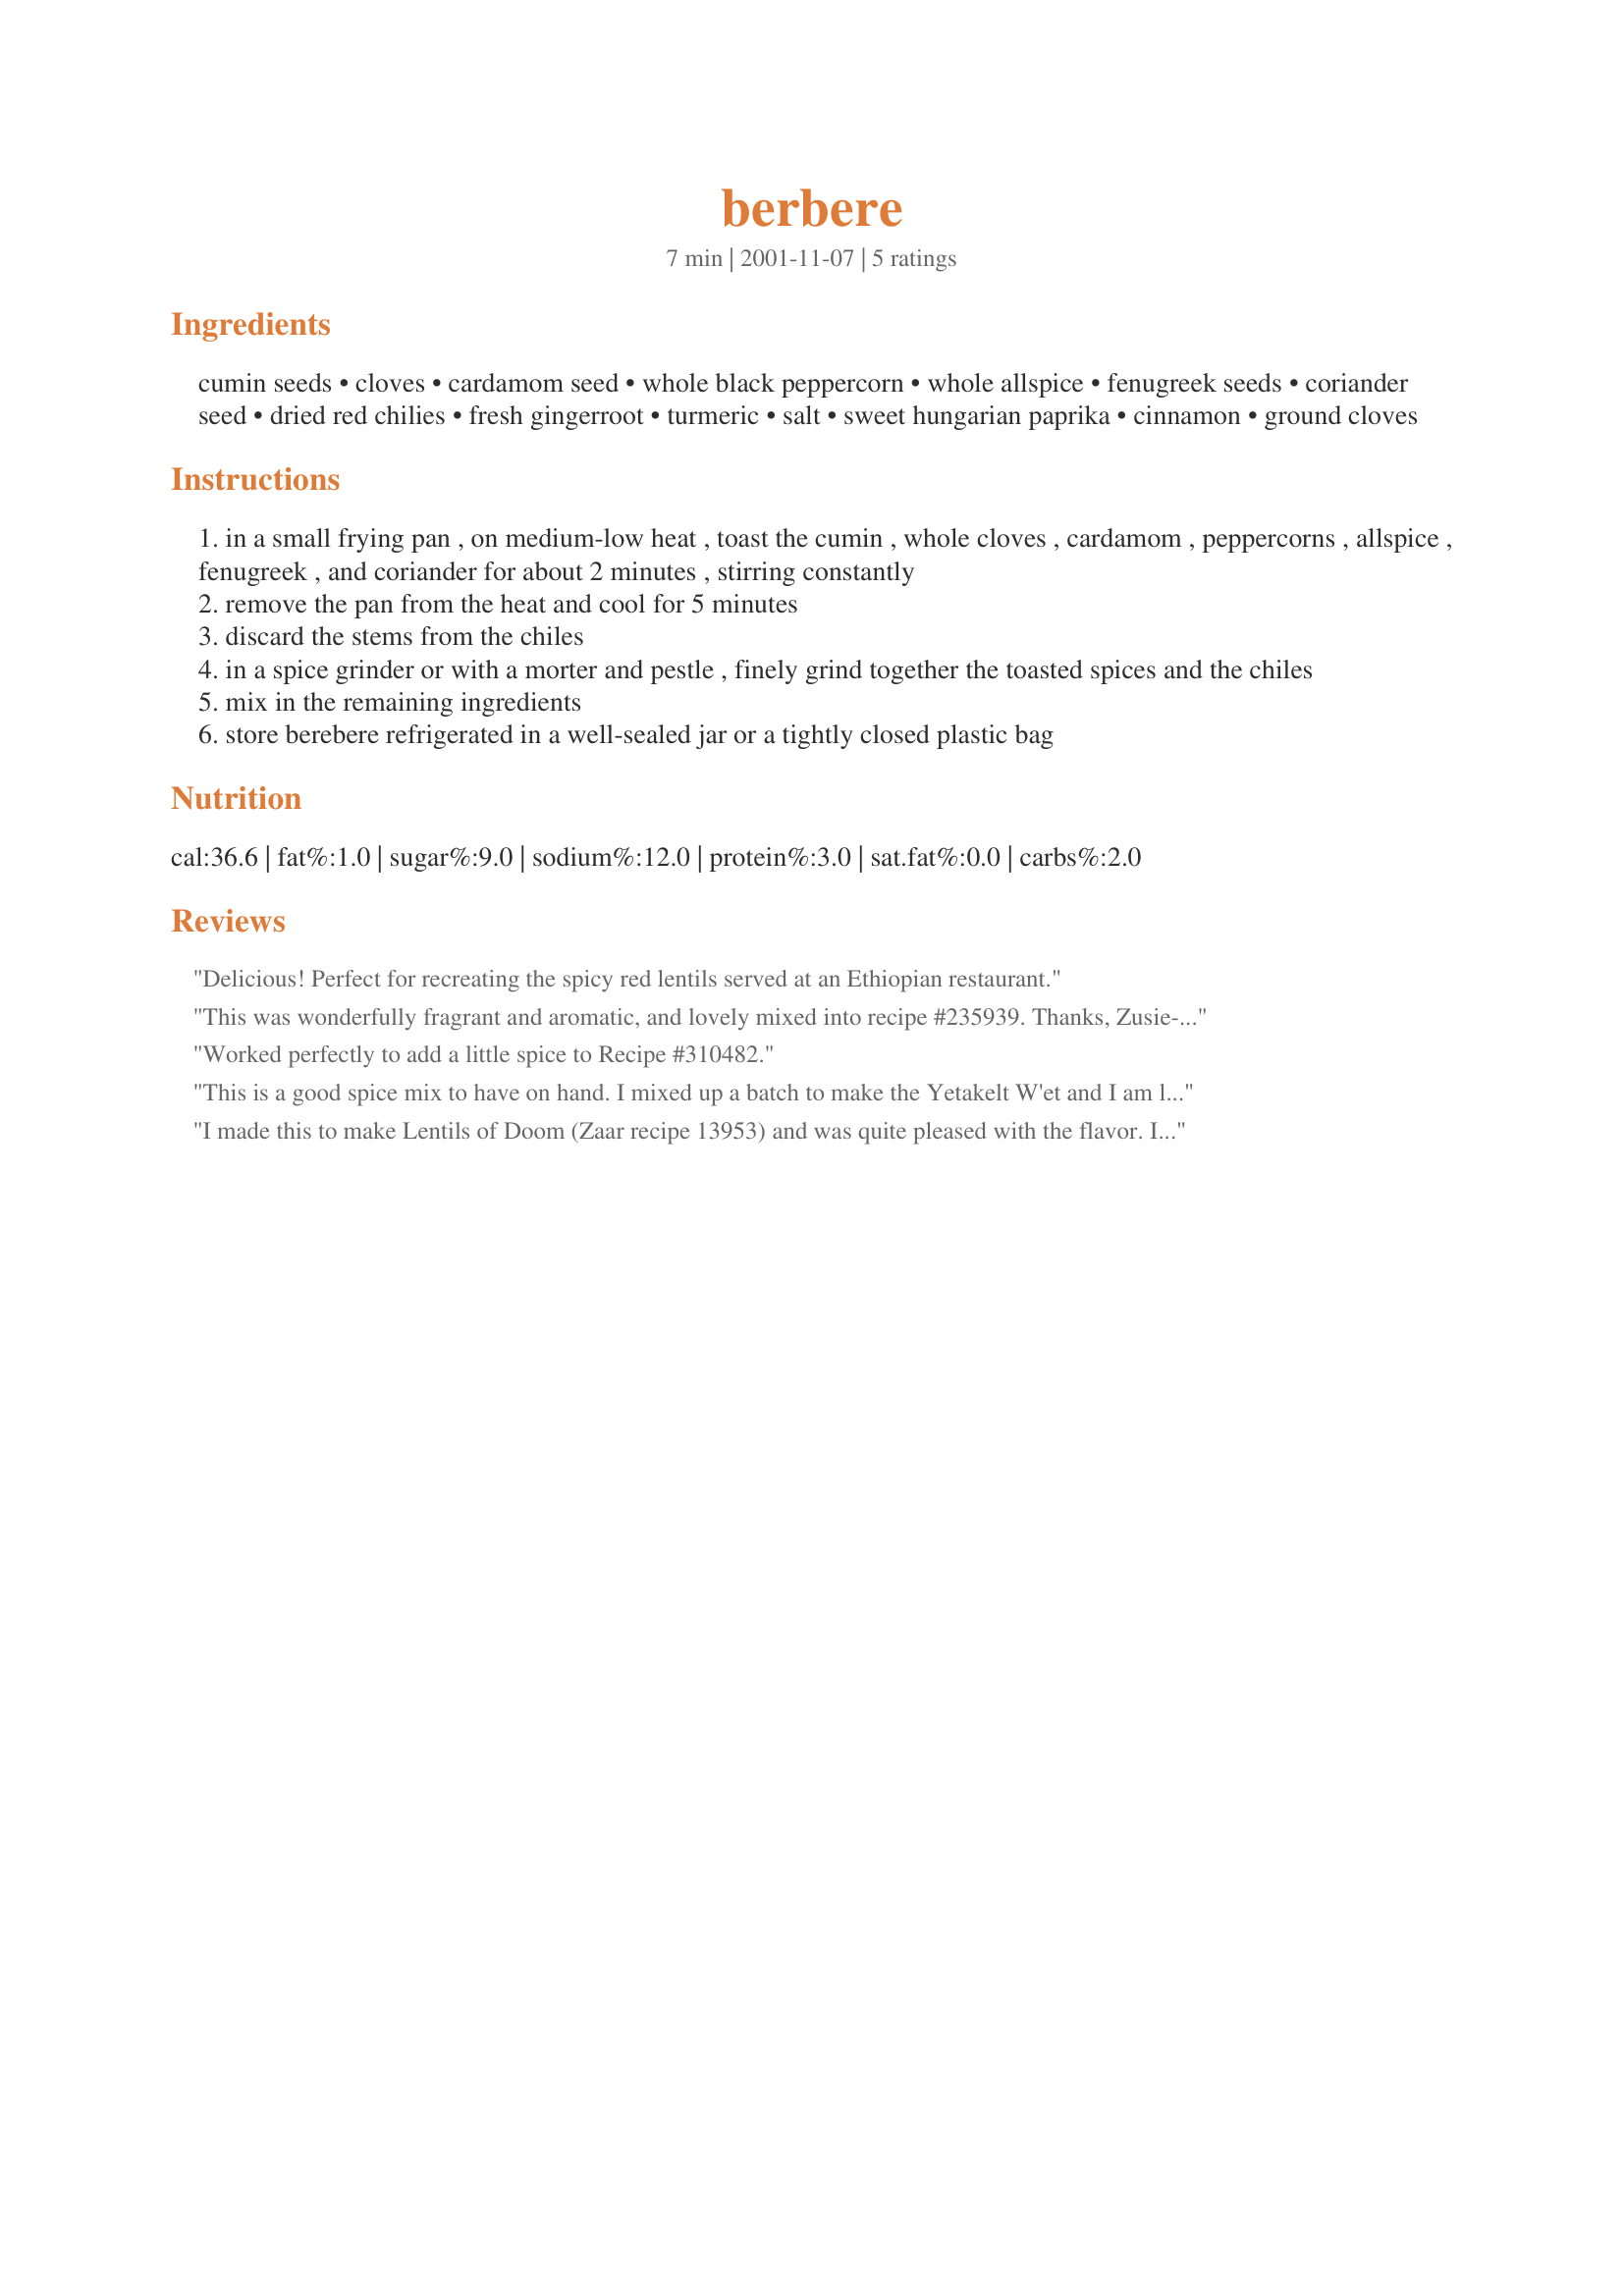
berbere
Preparation time: 7 minutes

Ingredients:
cumin seeds, cloves, cardamom seed, whole black peppercorn, whole allspice, fenugreek seeds, coriander seed, dried red chilies, fresh gingerroot, turmeric, salt, sweet hungarian paprika, cinnamon, ground cloves

Steps:
in a small frying pan , on medium-low heat , toast the cumin , whole cloves , cardamom , peppercorns , allspice , fenugreek , and coriander for about 2 minutes , stirring constantly
remove the pan from the heat and cool for 5 minutes
discard the stems from the chiles
in a spice grinder or with a morter and pestle , finely grind together the toasted spices and the chiles
mix in the remaining ingredients
store berebere refrigerated in a well-sealed jar or a tightly closed plastic bag

Reviews:
Delicious! Perfect for recreating the spicy red lentils served at an Ethiopian restaurant.
This was wonderfully fragrant and aromatic, and lovely mixed into recipe #235939. Thanks, Zusie-Q. Made for ZWT4.
Worked perfectly to add a little spice to Recipe #310482.
This is a good spice mix to have on hand. I mixed up a batch to make the Yetakelt W'et and I am looking forward to using it in Yemiser W'et and other recipes.
I made this to make Lentils of Doom (Zaar recipe 13953) and was quite pleased with the flavor. I did make a couple of substitutions based on what I had on hand (some ground spices, mustard seed instead of fenugreek - which I'll pick up next time I'm at Whole Foods - and I cut the chilies down to 6, so my 3 year old son could try it.) I'm glad I cut the peppers down, because it would have been too spicy for my white girl tongue otherwise. Thank you for a new pantry staple!
